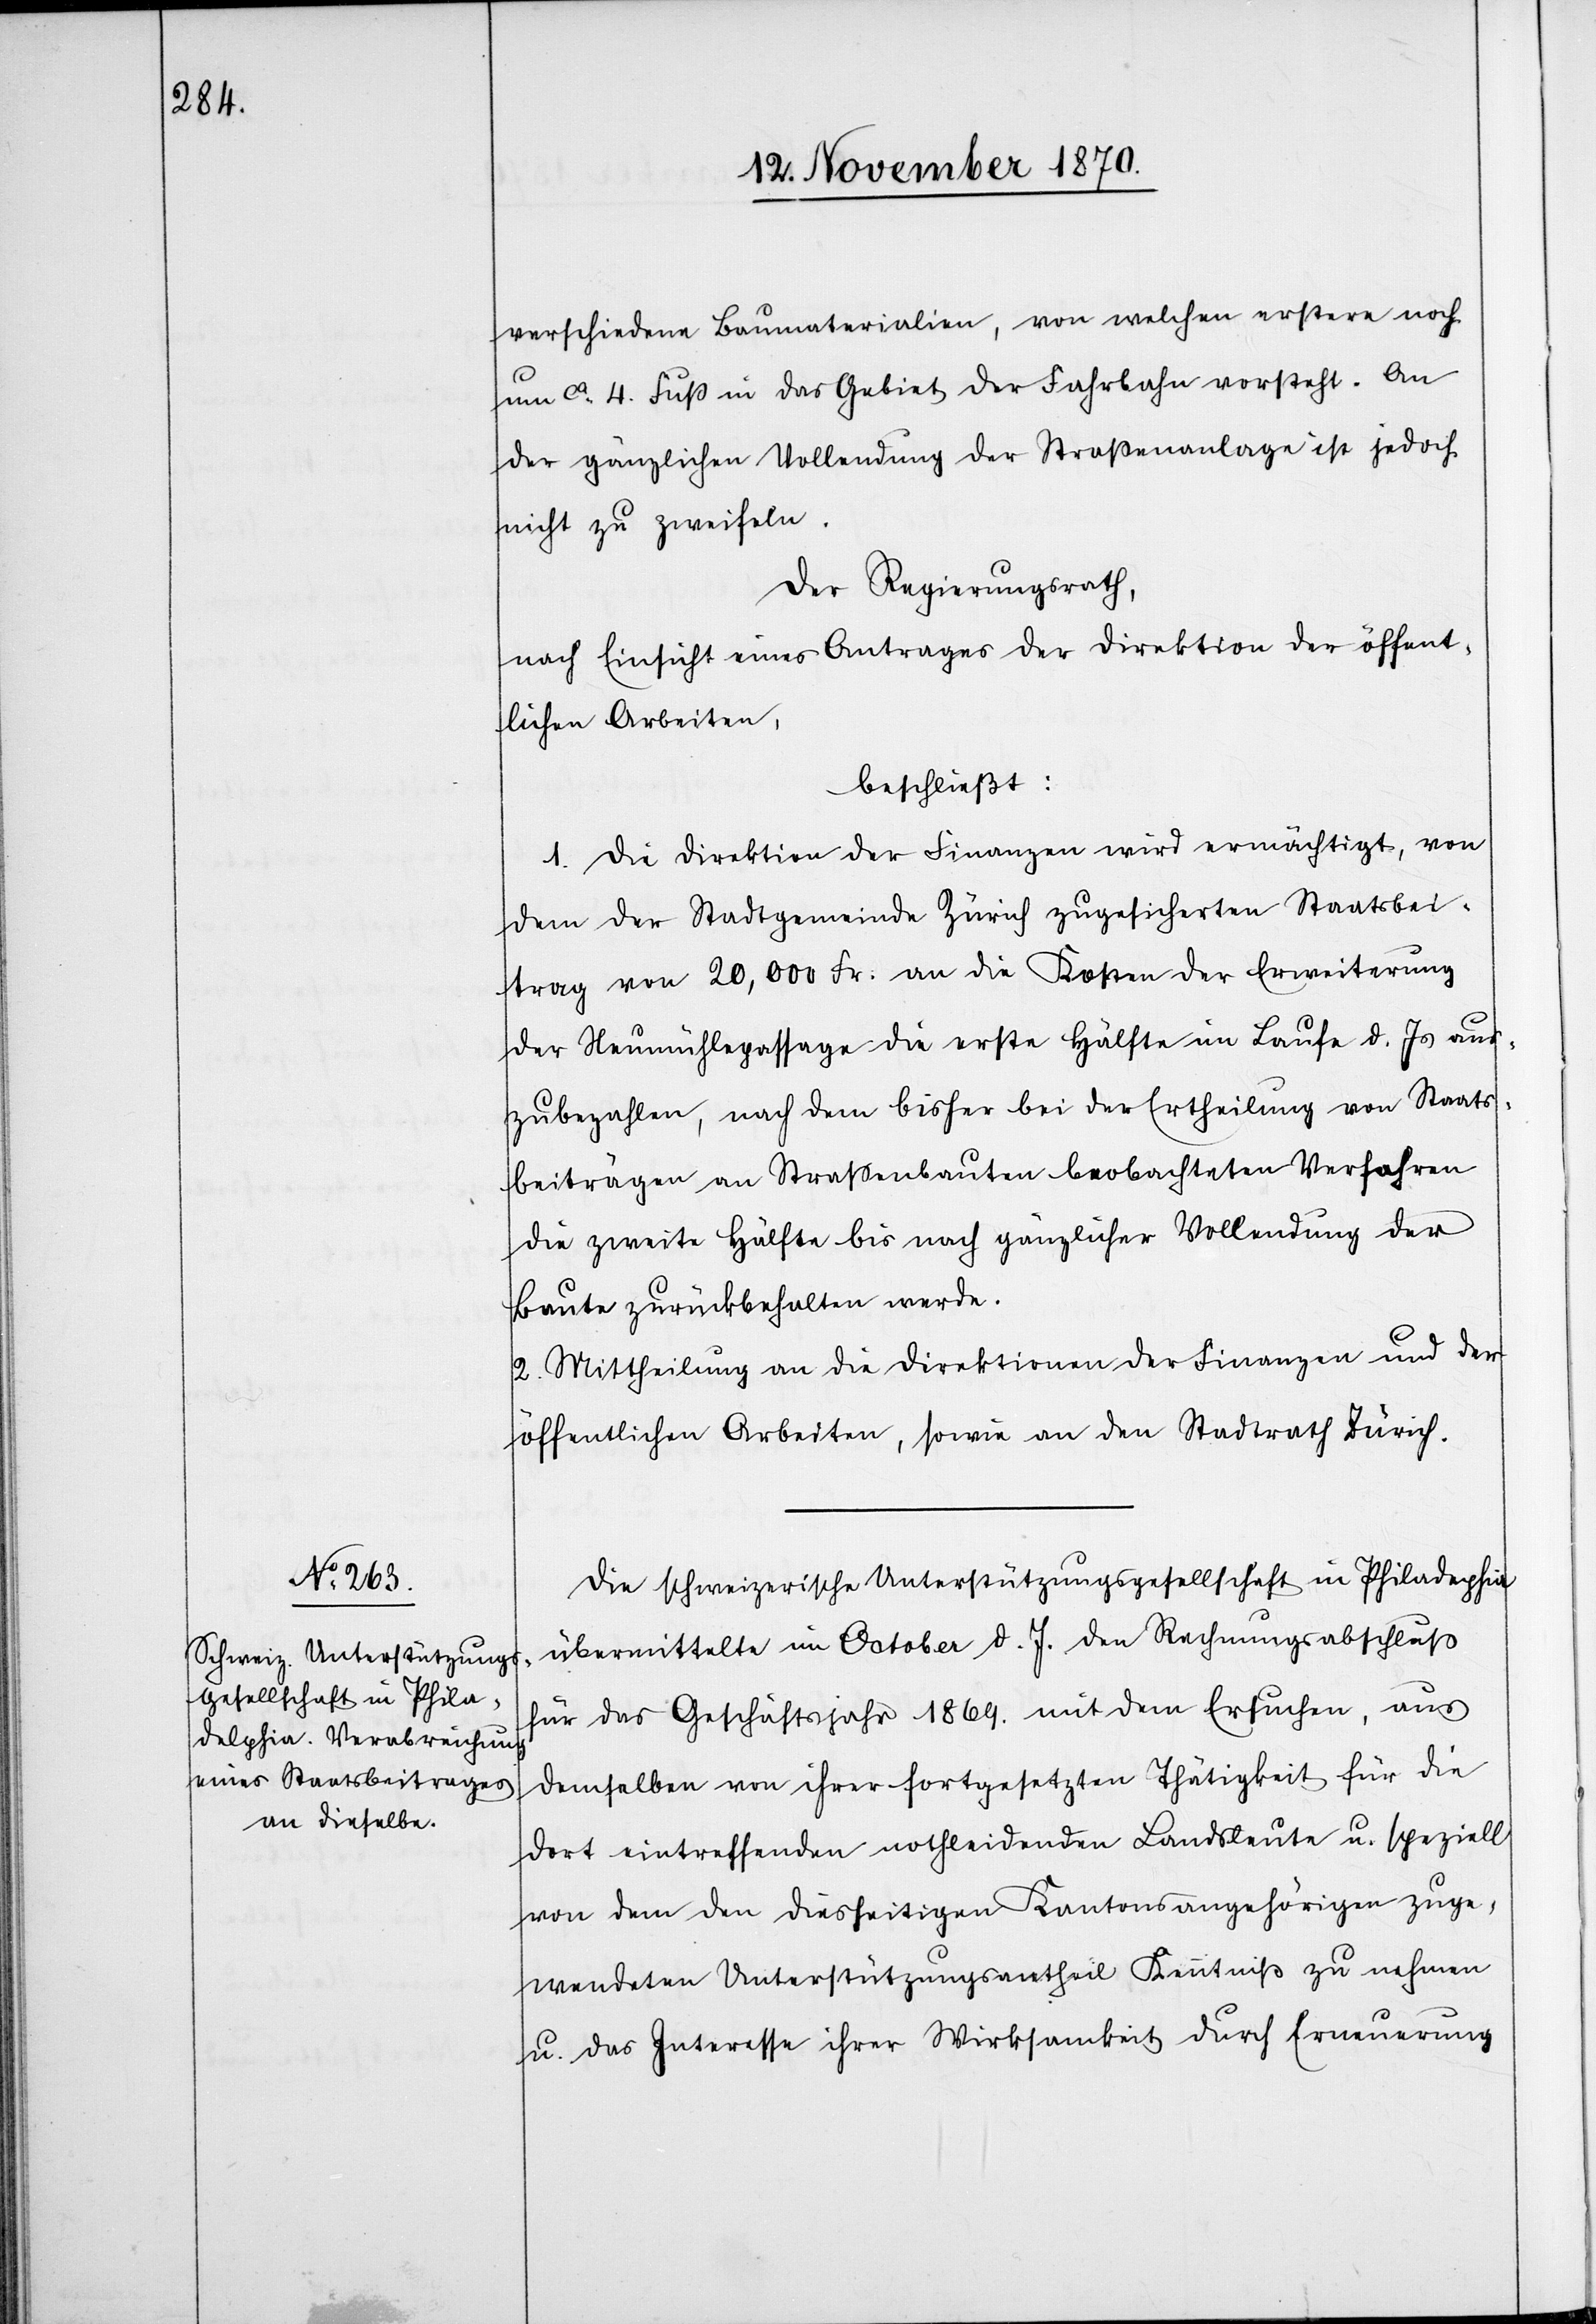
verschiedene Baumaterialien, von welchen erstere noch
um ca. 4. Fuß in das Gebiet der Fahrbahn vorsteht. An
der gänzlichen Vollendung der Straßenanlage ist jedoch
nicht zu zweifeln.
Der Regierungsrath,
nach Einsicht eines Antrages der Direktion der öffent¬
lichen Arbeiten,
beschließt:
1. Die Direktion der Finanzen wird ermächtigt, von
dem der Stadtgemeinde Zürich zugesicherten Staatsbei¬
trag von 20,000 Fr. an die Kosten der Erweiterung
der Neumühlepassage die erste Hälfte im Laufe d. Js. aus¬
zubezahlen, nach dem bisher bei der Ertheilung von Staats¬
beiträgen an Straßenbauten beobachteten Verfahren
die zweite Hälfte bis nach gänzlicher Vollendung der
Baute zurückbehalten werde.
2. Mittheilung an die Direktionen der Finanzen und der
öffentlichen Arbeiten, sowie an den Stadtrath Zürich.
Die schweizerische Unterstützungsgesellschaft in Philadelphia
übermittelte im October d. J. den Rechnungsabschluß
für das Geschäftsjahr 1869. mit dem Ersuchen, aus
demselben von ihrer fortgesetzten Thätigkeit für die
dort eintreffenden nothleidenden Landsleute u. speziell
von dem den diesseitigen Kantonsangehörigen zuge¬
wendeten Unterstützungsantheil Kenntniß zu nehmen
u. das Interesse ihrer Wirksamkeit durch Erneuerung